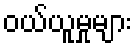
ဝယ်ယူမှုများ